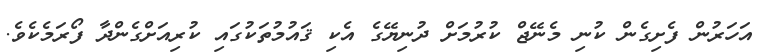
އަހަރުން ފެށިގެން ކުނި މެނޭޖް ކުރުމަށް ދުނިޔޭގެ އެކި ޤައުމުތަކުގައި ކުރިއަށްގެންދާ ފޯރަމެކެވެ.